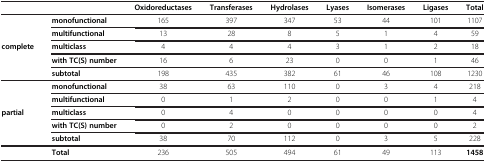
|  |  | Oxidoreductases | Transferases | Hydrolases | Lyases | Isomerases | Ligases | Total |
 | --- | --- | --- | --- | --- | --- | --- | --- | --- |
 |  | monofunctional | 165 | 397 | 347 | 53 | 44 | 101 | 1107 |
 |  | multifunctional | 13 | 28 | 8 | 5 | 1 | 4 | 59 |
 | <ROWSPAN=3> complete | multiclass | 4 | 4 | 4 | 3 | 1 | 2 | 18 |
 | with TC(S) number | 16 | 6 | 23 | 0 | 0 | 1 | 46 |
 | subtotal | 198 | 435 | 382 | 61 | 46 | 108 | 1230 |
 |  | monofunctional | 38 | 63 | 110 | 0 | 3 | 4 | 218 |
 |  | multifunctional | 0 | 1 | 2 | 0 | 0 | 1 | 4 |
 | <ROWSPAN=3> partial | multiclass | 0 | 4 | 0 | 0 | 0 | 0 | 4 |
 | with TC(S) number | 0 | 2 | 0 | 0 | 0 | 0 | 2 |
 | subtotal | 38 | 70 | 112 | 0 | 3 | 5 | 228 |
 |  | Total | 236 | 505 | 494 | 61 | 49 | 113 | 1458 |